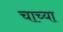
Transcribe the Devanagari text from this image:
चाच्या